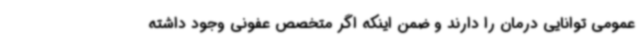
عمومی توانایی درمان را دارند و ضمن اینکه اگر متخصص عفونی وجود داشته